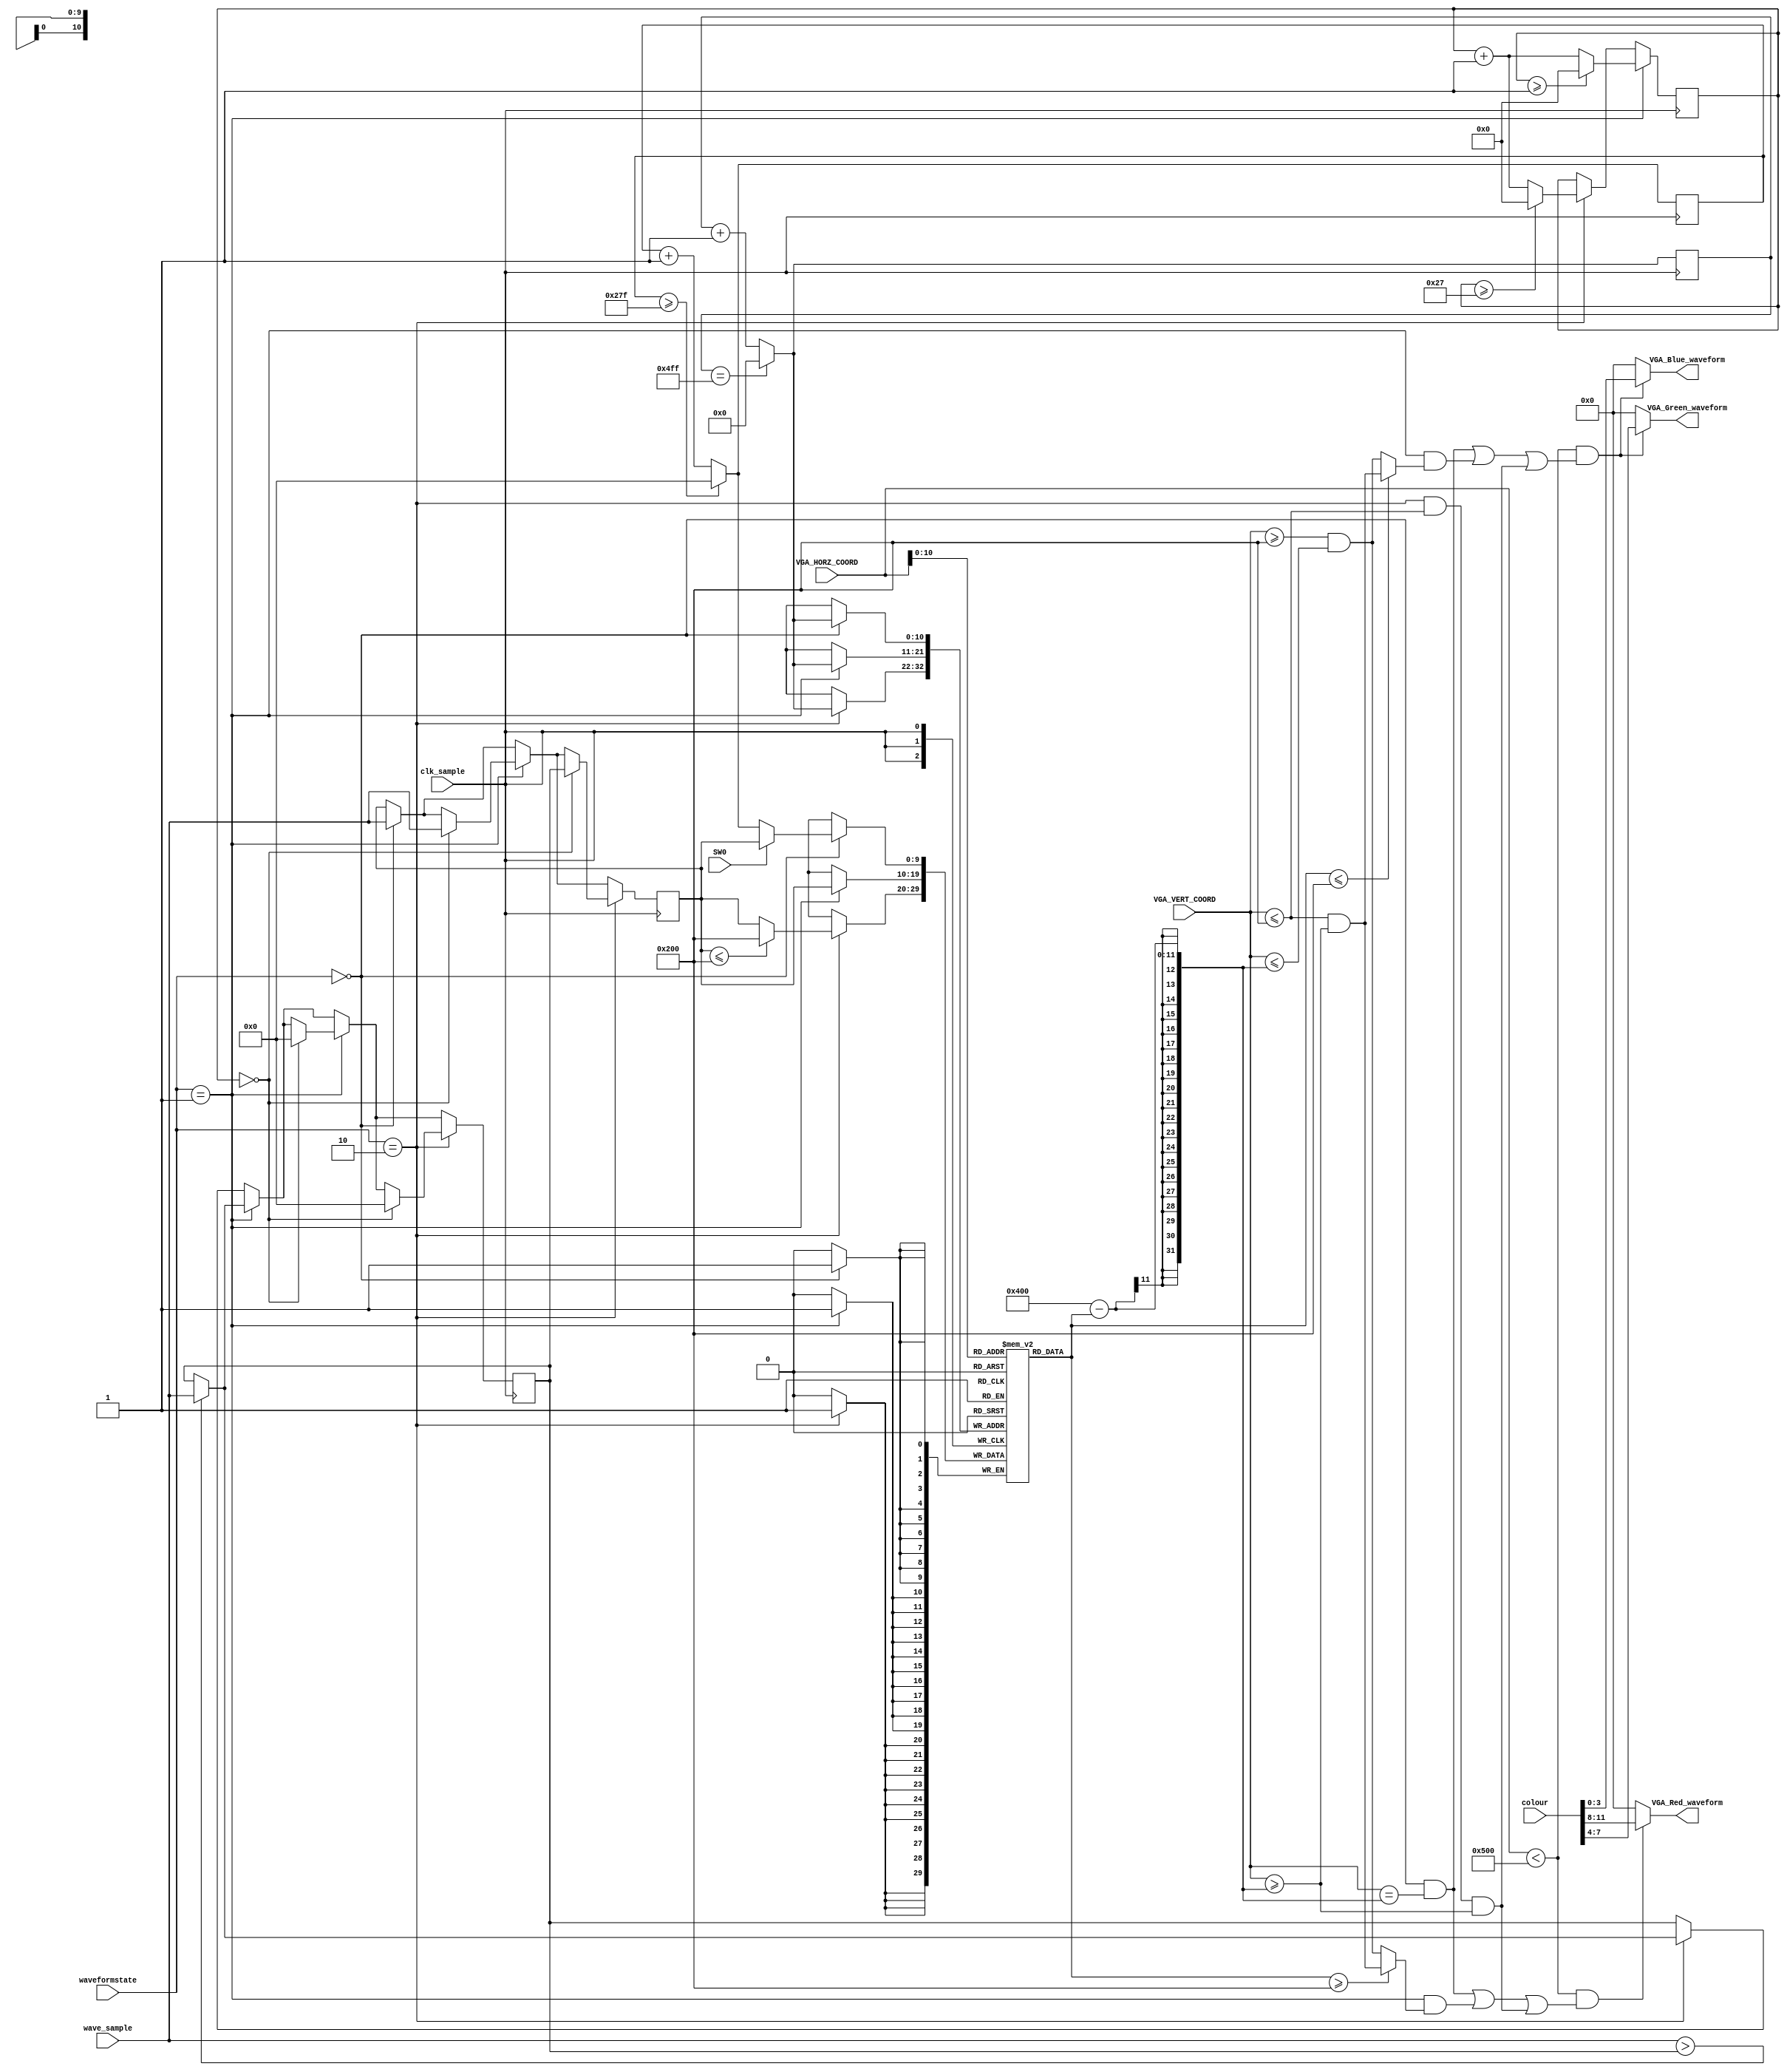
`timescale 1ns / 1ps
/**
 * Draw Waveform (Mode Selectable)
 * Options:
 * 1 - Standard wave w. ramp
 * 2 - Standard wave (Filled) w. ramp
 * 3 - Block wave (Filled)
 */

module Draw_Waveform_Mode(
    input clk_sample, //20kHz clock
    input SW0,
    input [2:0] waveformstate,
    input [9:0] wave_sample,
    input [11:0] VGA_HORZ_COORD,
    input [11:0] VGA_VERT_COORD,
    input [11:0] colour,
    output [3:0] VGA_Red_waveform,
    output [3:0] VGA_Green_waveform,
    output [3:0] VGA_Blue_waveform
    );
    
    //The Sample_Memory represents the memory array used to store the voice samples.
    //There are 1280 points and each point can range from 0 to 1023. 
    reg [9:0] Sample_Memory[1279:0];
    reg [10:0] i = 0;
    reg [9:0] ramp_count;
    
    reg [5:0] counter = 0;
    reg [9:0] prev;
    reg [9:0] maxWave;
    
    //Each wave_sample is displayed on the screen from left to right. 
    always @ (posedge clk_sample) begin
    
        //block wave specific code (gets the peak vol per interval)
        if (waveformstate == 2) begin
            counter <= (counter >= 39 ? 0 : counter + 1);
            maxWave <= (wave_sample > maxWave ? wave_sample : maxWave);
        end
        
        if (waveformstate == 1) begin
            counter <= (counter >= 1 ? 0 : counter + 1);
            maxWave <= (wave_sample > maxWave ? wave_sample : maxWave);
        end
        
        i = (i == 1279) ? 0 : i + 1;
        
        ramp_count = (ramp_count >= 639) ? 0 : ramp_count + 1;
        
        //determine what to assign to each block
        if (waveformstate == 0) begin
            Sample_Memory[i] <= (SW0 == 1) ? prev : ramp_count;
            prev <= wave_sample;
        end
        
        if (waveformstate == 1) begin
            Sample_Memory[i] <= prev;
            if (counter == 0) begin
                prev <= wave_sample;
                maxWave <= 0;
            end
        end
        
        if (waveformstate == 2) begin
            Sample_Memory[i] <= prev <= 512 ? 512 : prev;
            if (counter == 0) begin
                prev <= maxWave;
                maxWave <= 0;
            end
        end
        
        
                      
    end
     
    wire [3:0] red;
    wire [3:0] green;
    wire [3:0] blue;
    
    assign red = colour >> 8;
    assign green = colour << 4 >> 8;
    assign blue = colour << 8 >> 8;
    
    assign VGA_Red_waveform = ((VGA_HORZ_COORD < 1280) && 
    ((waveformstate == 0 && VGA_VERT_COORD == (1024 - Sample_Memory[VGA_HORZ_COORD]))
    
    || (waveformstate == 1 && (Sample_Memory[VGA_HORZ_COORD] >= 512 ? 
    (VGA_VERT_COORD <= 512 && VGA_VERT_COORD >= (1024 - Sample_Memory[VGA_HORZ_COORD])) :
    (VGA_VERT_COORD >= 512 && VGA_VERT_COORD <= (1024 - Sample_Memory[VGA_HORZ_COORD])) ))
    
    || (waveformstate == 2 && VGA_VERT_COORD <= 512 && VGA_VERT_COORD >= (1024 - Sample_Memory[VGA_HORZ_COORD])))) ? red : 0;
    
    assign VGA_Green_waveform = ((VGA_HORZ_COORD < 1280) && 
    ((waveformstate == 0 && VGA_VERT_COORD == (1024 - Sample_Memory[VGA_HORZ_COORD]))
    
    || (waveformstate == 1 && (Sample_Memory[VGA_HORZ_COORD] <= 512 ? 
    (VGA_VERT_COORD <= 512 && VGA_VERT_COORD >= (1024 - Sample_Memory[VGA_HORZ_COORD])) :
    (VGA_VERT_COORD >= 512 && VGA_VERT_COORD <= (1024 - Sample_Memory[VGA_HORZ_COORD])) ))
    
    || (waveformstate == 2 && VGA_VERT_COORD <= 512 && VGA_VERT_COORD >= (1024 - Sample_Memory[VGA_HORZ_COORD])))) ? green : 0;
    
    assign VGA_Blue_waveform = ((VGA_HORZ_COORD < 1280) && 
    ((waveformstate == 0 && VGA_VERT_COORD == (1024 - Sample_Memory[VGA_HORZ_COORD]))
    
    || (waveformstate == 1 && (Sample_Memory[VGA_HORZ_COORD] <= 512 ? 
    (VGA_VERT_COORD <= 512 && VGA_VERT_COORD >= (1024 - Sample_Memory[VGA_HORZ_COORD])) :
    (VGA_VERT_COORD >= 512 && VGA_VERT_COORD <= (1024 - Sample_Memory[VGA_HORZ_COORD])) ))
    
    || (waveformstate == 2 && VGA_VERT_COORD <= 512 && VGA_VERT_COORD >= (1024 - Sample_Memory[VGA_HORZ_COORD])))) ? blue : 0;
    
    //assign VGA_Green_waveform = ((VGA_HORZ_COORD < 1280) && (VGA_VERT_COORD <= 512 && VGA_VERT_COORD >= (1024 - Sample_Memory[VGA_HORZ_COORD]))) ? green : 0;
    //assign VGA_Blue_waveform = ((VGA_HORZ_COORD < 1280) && (VGA_VERT_COORD <= 512 && VGA_VERT_COORD >= (1024 - Sample_Memory[VGA_HORZ_COORD]))) ? blue : 0 ;

    
endmodule